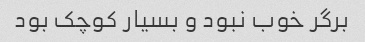
برگر خوب نبود و بسیار کوچک بود